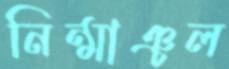
নিন্মাঞ্চল